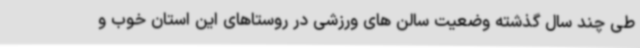
طی چند سال گذشته وضعیت سالن های ورزشی در روستاهای این استان خوب و